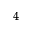
^ { 4 }